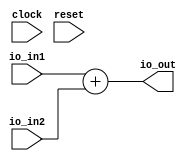
// This program was cloned from: https://github.com/wilfredkisku/CHISEL3-PROJECTS
// License: The Unlicense

module FxP8_ADD(
  input        clock,
  input        reset,
  input  [7:0] io_in1,
  input  [7:0] io_in2,
  output [7:0] io_out
);
  assign io_out = $signed(io_in1) + $signed(io_in2); // @[FIXED8_ADD.scala 14:20]
endmodule